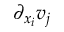
\partial _ { x _ { i } } v _ { j }